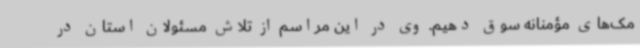
مک‌های مؤمنانه سوق دهیم. وی در این مراسم از تلاش مسئولان استان در